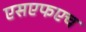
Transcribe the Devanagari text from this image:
एसएफएच